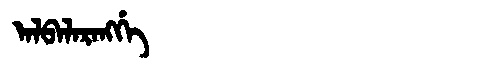
Manchu: ᠠᠯᠪᠠᠯᠠᡵᠠᠩᡤᡝ
Romanization: ALBALARANGGE